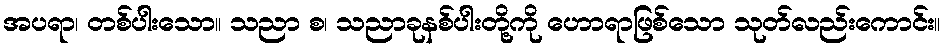
အပရာ၊ တစ်ပါးသော။ သညာ စ၊ သညာခုနစ်ပါးတို့ကို ဟောရာဖြစ်သော သုတ်လည်းကောင်း။